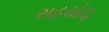
સહયોગિ